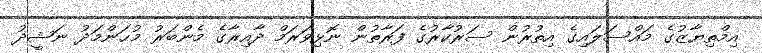
އިމްތިޔާޒުގެ މައްސަލައިގެ އިތުރުން ސަރުކާރުގެ ފަރާތުން ނޮޅިވަރަމް ދާއިރާގެ މެންބަރު މުޙަންމަދު ނަޝީދު